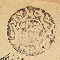
محكمة بدايت قضاء بترون ١٣٠١